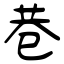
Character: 巷